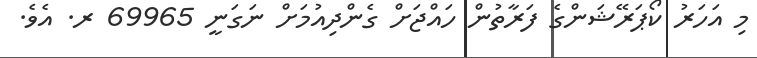
މި އަހަރު ކޯޕަރޭޝަންގެ ފަރާތުން ހައްޖަށް ގެންދިއުމަށް ނަގަނީ 69965 ރ. އެވެ.